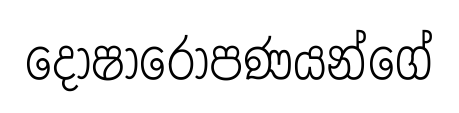
දෝෂාරෝපණයන්ගේ